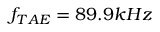
f _ { T A E } = 8 9 . 9 k H z